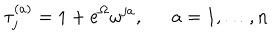
\tau _ { j } ^ { ( a ) } = 1 + e ^ { \Omega } \omega ^ { j a } , a = 1 , \dots , n